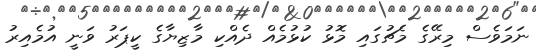
ނަމަވެސް މިރޭގެ މެޗުގައި މޮޅު ކުޅުމެއް ދެއްކި މާޒިޔާގެ ކީޕަރު ވަނީ އުމެއިރު